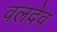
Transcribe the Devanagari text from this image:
वलदेव